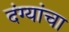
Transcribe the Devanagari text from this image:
दंग्यांचा